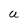
Character: U